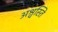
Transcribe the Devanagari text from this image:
अश्वस्ति